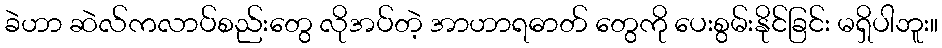
ခဲဟာ ဆဲလ်ကလာပ်စည်းတွေ လိုအပ်တဲ့ အာဟာရဓာတ် တွေကို ပေးစွမ်းနိုင်ခြင်း မရှိပါဘူး။